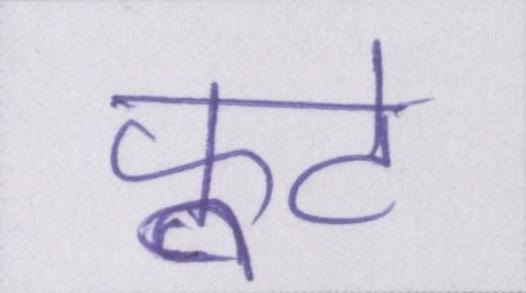
फूटे